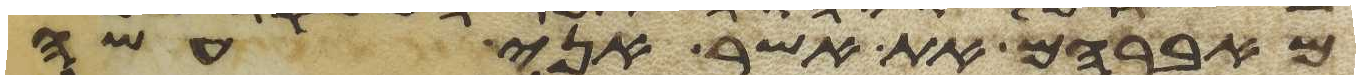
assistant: מאברהם את אשר אני עשה